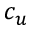
c _ { u }